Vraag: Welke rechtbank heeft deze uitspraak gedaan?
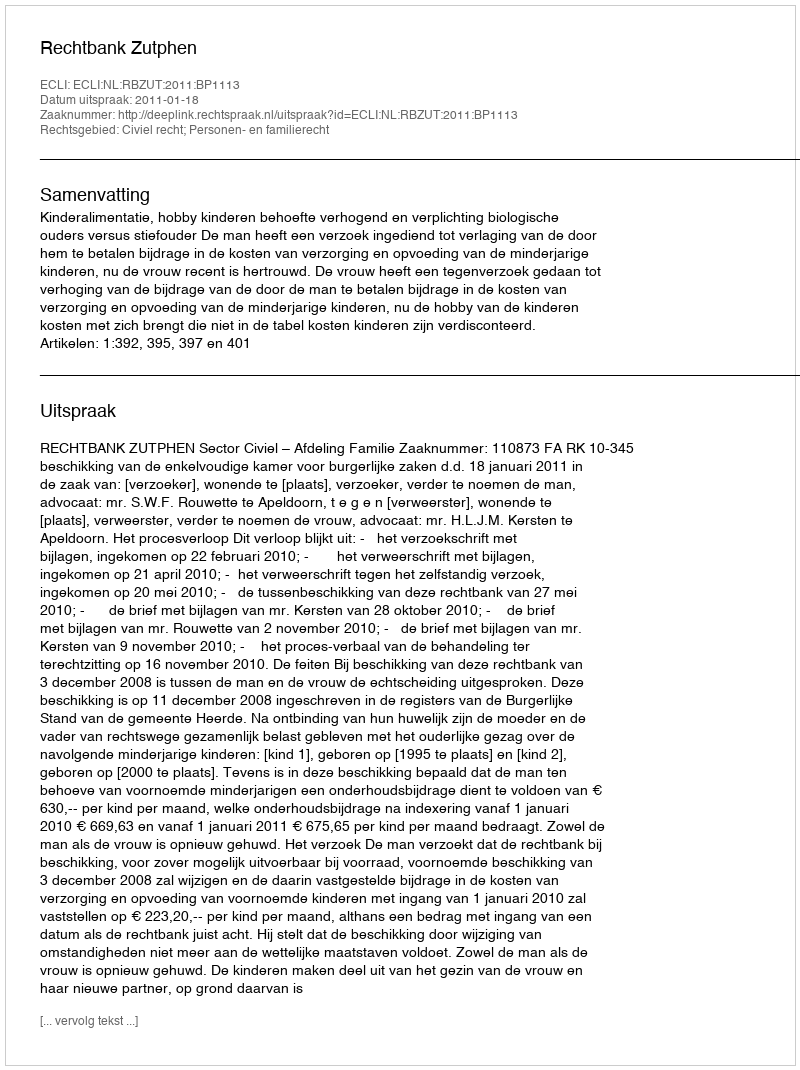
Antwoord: Rechtbank Zutphen